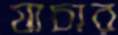
যাচার